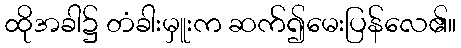
ထိုအခါ၌ တံခါးမှူးက ဆက်၍မေးပြန်လေ၏။